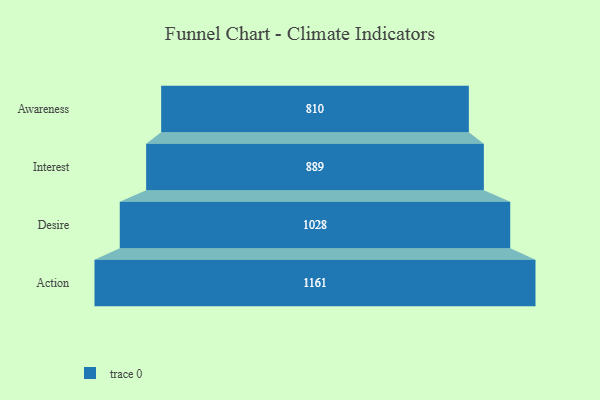
{"axis": {"x": "Stage", "y": "Value"}, "legend": [""], "data": [{"x": "Awareness", "y": 810.0, "type": ""}, {"x": "Interest", "y": 889.0, "type": ""}, {"x": "Desire", "y": 1028.0, "type": ""}, {"x": "Action", "y": 1161.0, "type": ""}]}